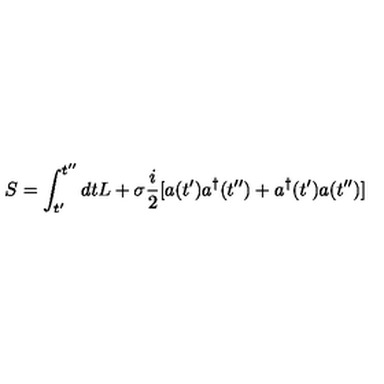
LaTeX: S = \int _ { t ^ { \prime } } ^ { t ^ { \prime \prime } } d t L + \sigma \frac { i } { 2 } [ a ( t ^ { \prime } ) a ^ { \dagger } ( t ^ { \prime \prime } ) + a ^ { \dagger } ( t ^ { \prime } ) a ( t ^ { \prime \prime } ) ]